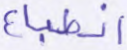
انطباع